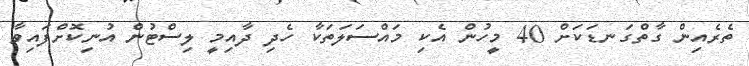
ތެރެއިން ގާތްގަނޑަކަށް 40 މީހުން އެކި މައްސަލަތަކާ ހެދި ދާއިމީ ލިސްޓުން އުނިކޮށްފައިވާ